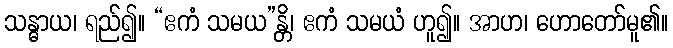
သန္ဓာယ၊ ရည်၍။ “ဧကံ သမယ”န္တိ၊ ဧကံ သမယံ ဟူ၍။ အာဟ၊ ဟောတော်မူ၏။